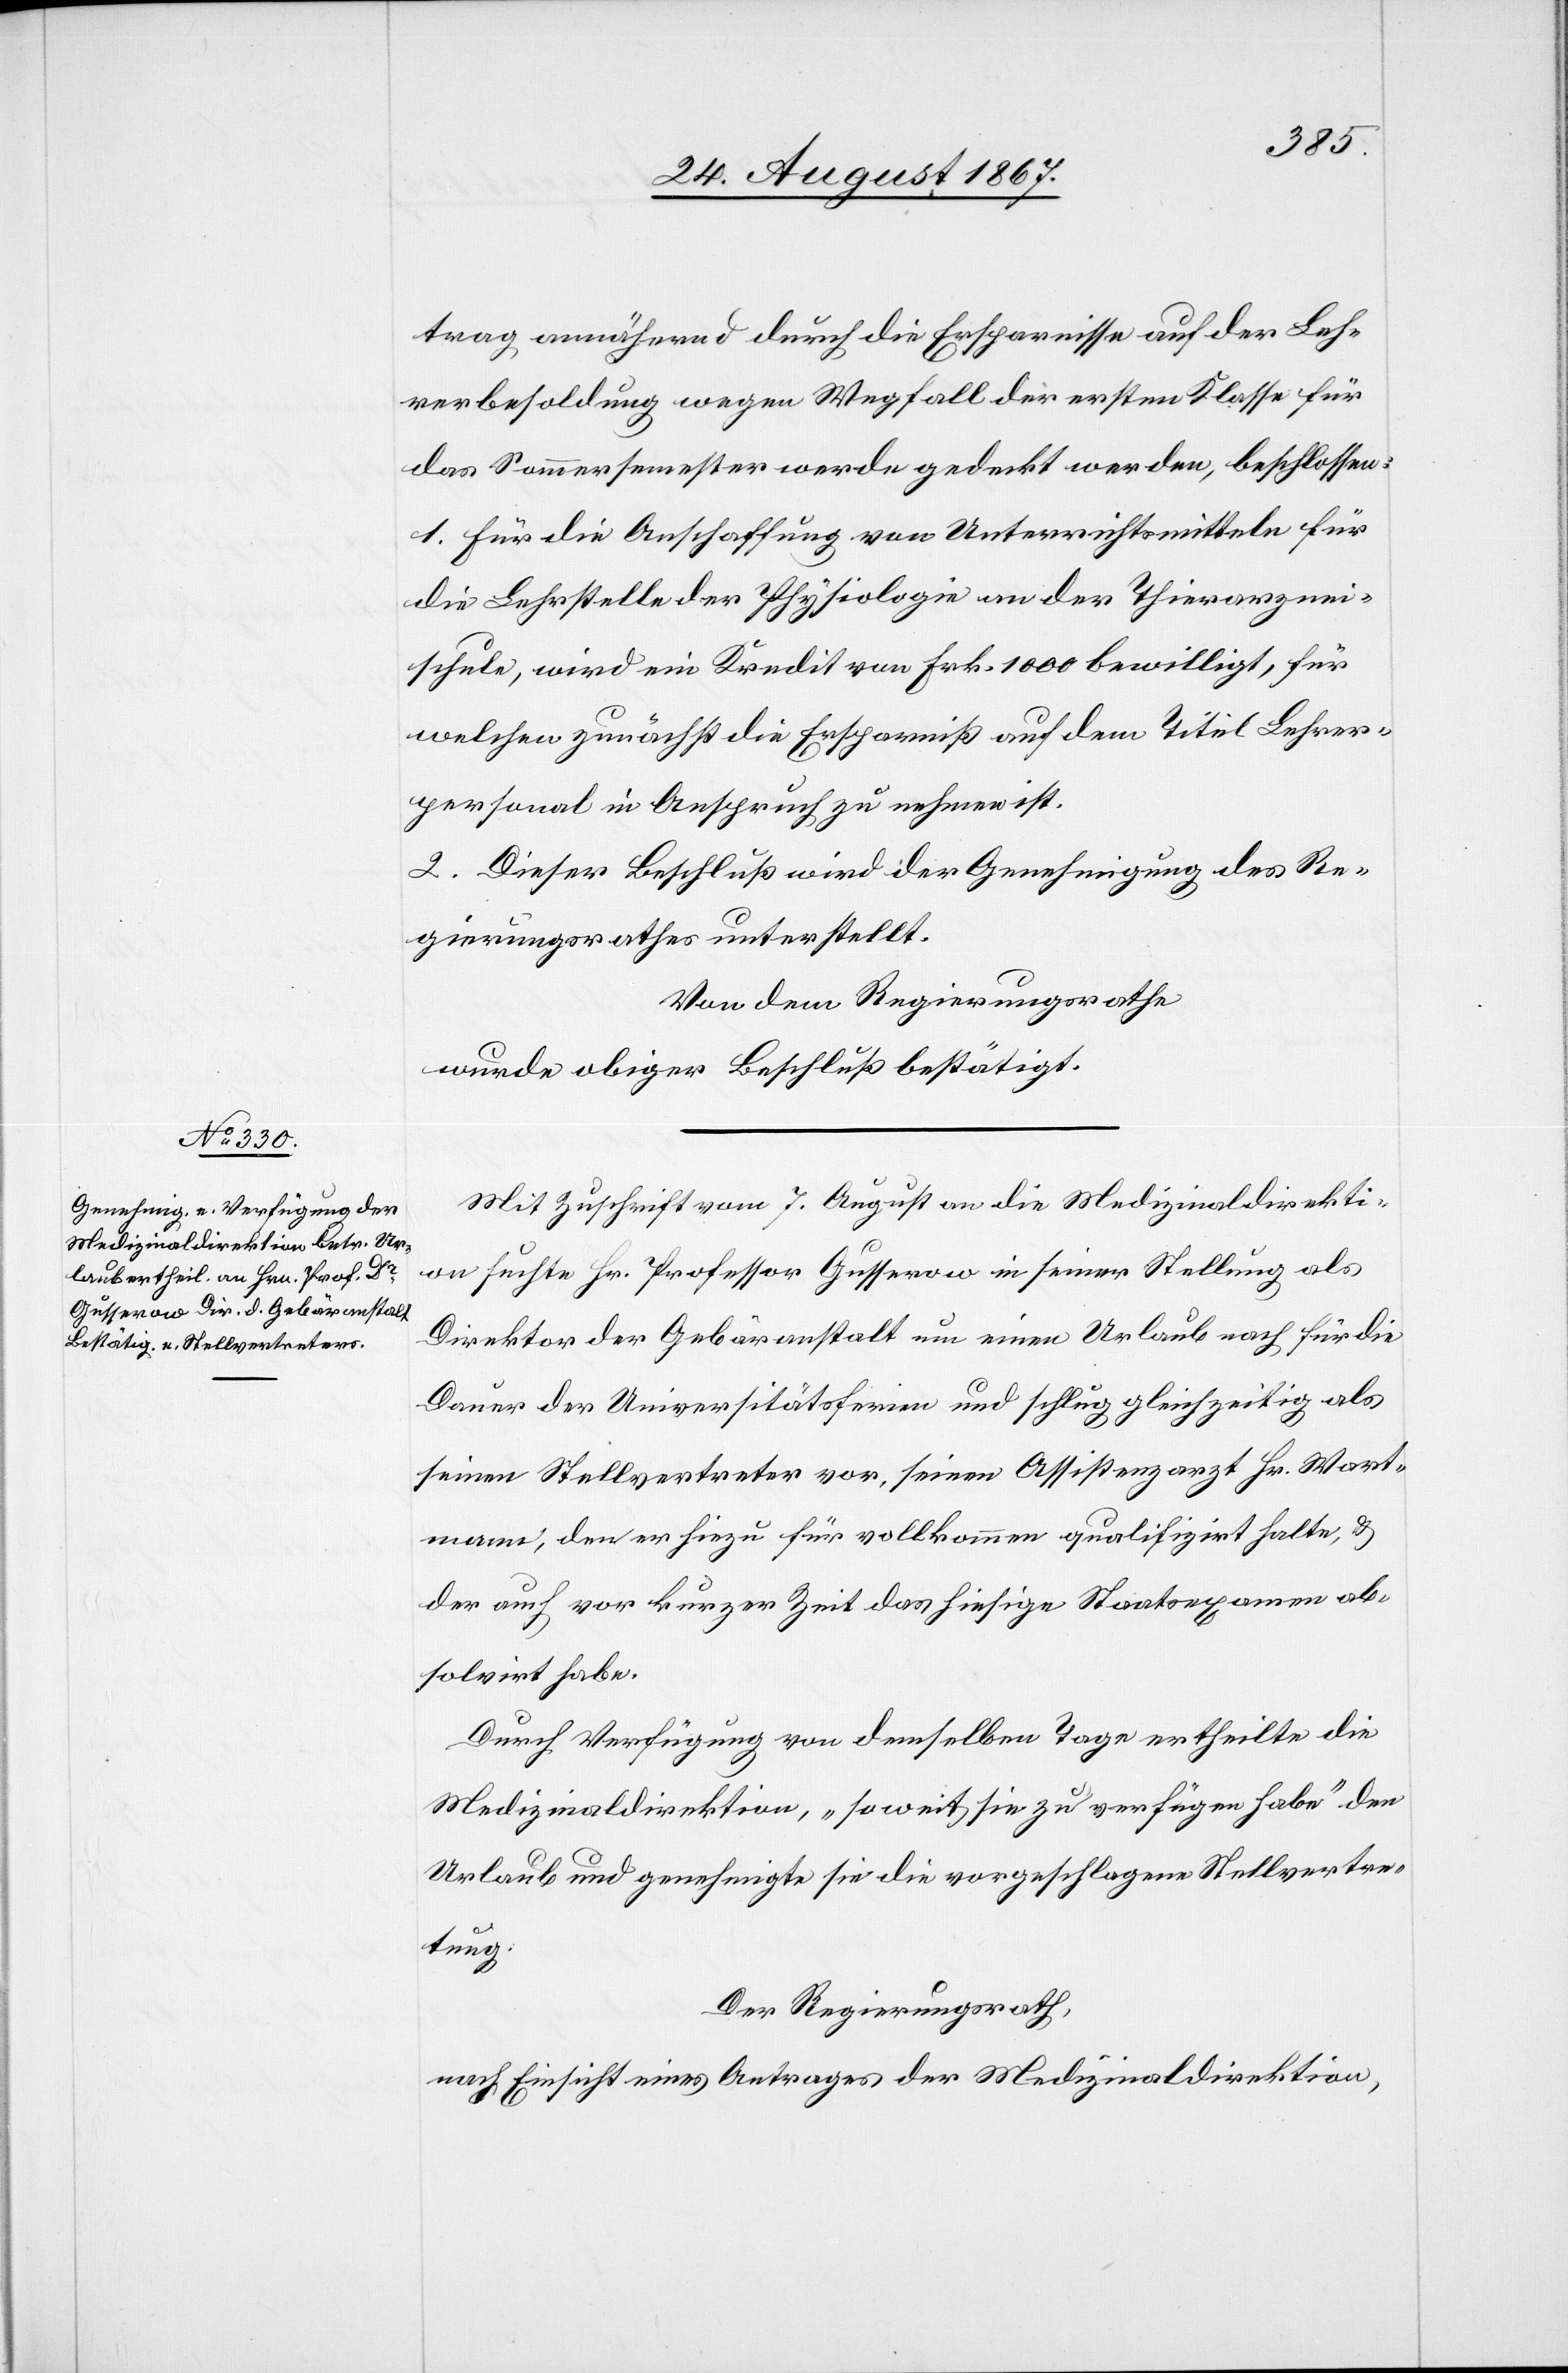
trag annähernd durch die Ersparnisse auf der Leh¬
rerbesoldung wegen Wegfall der ersten Klasse für
das Sommersemester werde gedeckt werden, beschlossen:
1. Für die Anschaffung von Unterrichtsmitteln für
die Lehrstelle der Physiologie an der Thierarznei¬
schule, wird ein Kredit von Frk. 1000 bewilligt, für
welchen zunächst die Ersparniß auf dem Titel Lehrer¬
personal in Anspruch zu nehmen ist.
2. Dieser Beschluß wird der Genehmigung des Re¬
gierungsrathes unterstellt.
Von dem Regierungsrathe,
wurde obiger Beschluß bestätigt.
Mit Zuschrift vom 7. August an die Medizinaldirekti¬
on suchte Hr. Professor Gusserow in seiner Stellung als
Direktor der Gebäranstalt um einen Urlaub nach für die
Dauer der Universitätsferien und schlug gleichzeitig als
seinen Stellvertreter vor, seinen Assistenzarzt Hr. Wart¬
mann, den es hiezu für vollkommen qualifizirt halte, u.
der auch vor kurzer Zeit das hiesige Staatsexamen ab¬
solvirt habe.
Durch Verfügung von demselben Tage ertheilt die
Medizinaldirektion, „so weit sie zu verfügen habe“ den
Urlaub und genehmigte sie die vorgeschlagene Stellvertre¬
tung.
Der Regierungsrath,
nach Einsicht eines Antrages der Medizinaldirektion,